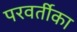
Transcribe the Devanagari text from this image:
परवर्तीका